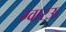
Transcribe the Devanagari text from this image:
ग्वारऊ